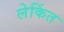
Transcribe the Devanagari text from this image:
लेकिंत